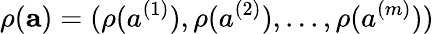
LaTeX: \rho(\textbf{a})=(\rho(a^{(1)}),\rho(a^{(2)}),...,\rho(a^{(m)}))